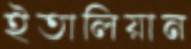
ইতালিয়ান